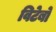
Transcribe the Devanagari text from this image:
विटेर्बो